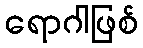
ရောဂါဖြစ်